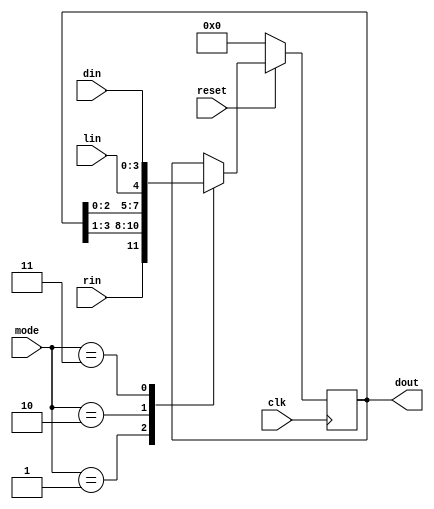
// 4-bit universal shift register with synchronous reset
module Shift(clk, reset, din, mode, lin, rin, dout);
    input [3:0] din;
    input [1:0] mode;   // 0: no change, 1: right shift, 2: left shift, 3: load data
    input lin;
    input rin;
    input clk;
    input reset;
    output reg [3:0] dout;

    always@(posedge clk) begin
        if(~reset)
            dout <= 4'b0000;
        else begin
            case(mode)
                2'b01: dout <= {rin, dout[3:1]};
                2'b10: dout <= {dout[2:0], lin};
                2'b11: dout <= din;
                default: dout <= dout;

            endcase
        end
    end
endmodule